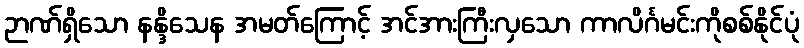
ဉာဏ်ရှိသော နန္ဒိသေန အမတ်ကြောင့် အင်အားကြီးလှသော ကာလိင်္ဂမင်းကိုစစ်နိုင်ပုံ